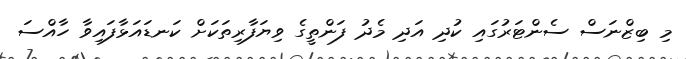
މި ބިޒްނަސް ސެންޓަރުގައި ކުދި އަދި މެދު ފަންތީގެ ވިޔަފާރިތަކަށް ކަނޑައަޅާފައިވާ ހާއްސަ